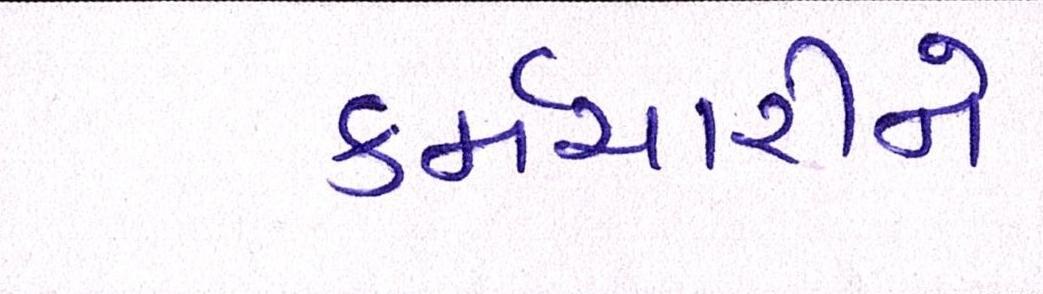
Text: કર્મચારીને